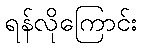
ရန်လိုကြောင်း